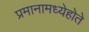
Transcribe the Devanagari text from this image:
प्रमानामध्येहोते